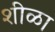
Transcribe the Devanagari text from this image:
शीळा